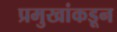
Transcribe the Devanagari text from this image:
प्रमुखांकडून